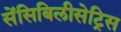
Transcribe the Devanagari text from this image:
सेंसिबिलीसेट्रिस